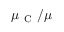
\mu _ { \mathrm { ~ C ~ } } / \mu